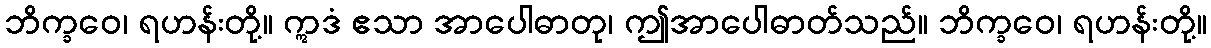
ဘိက္ခဝေ၊ ရဟန်းတို့။ ဣဒံ ဧသာ အာပေါဓာတု၊ ဤအာပေါဓာတ်သည်။ ဘိက္ခဝေ၊ ရဟန်းတို့။